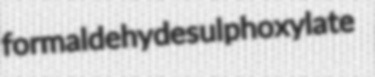
formaldehydesulphoxylate